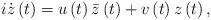
LaTeX: \begin{align*}i\dot{z}\left( t\right) =u\left( t\right) \bar{z}\left( t\right)+v\left( t\right) z\left( t\right) , \end{align*}